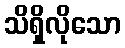
သိရှိလိုသော